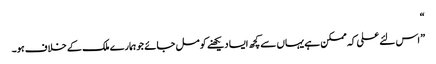
“
” اس لئے علی کہ ممکن ہے یہاں سے کچھ ایسا دیکھنے کو مل جائے جو ہمارے ملک کے خلاف ہو۔